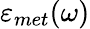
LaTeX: \varepsilon_{met}(\omega)